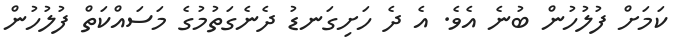
ކަމަށް ފުލުހުން ބުނެ އެވެ. އެ ދެ ހަށިގަނޑު ދެނެގަތުމުގެ މަސައްކަތް ފުލުހުން